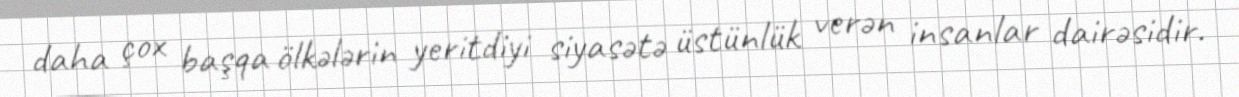
daha çox başqa ölkələrin yeritdiyi siyasətə üstünlük verən insanlar dairəsidir.